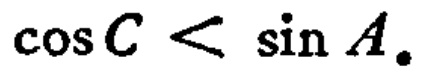
\(\cos C < \sin A_{\circ}\)